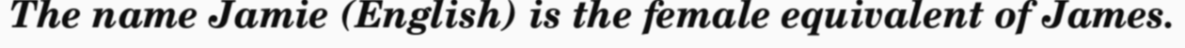
The name Jamie (English) is the female equivalent of James.